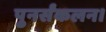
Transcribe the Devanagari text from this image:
पुनर्संकलन।